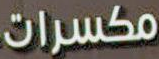
مكسرات